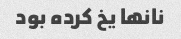
نانها یخ کرده بود